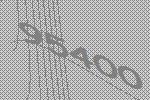
95400